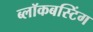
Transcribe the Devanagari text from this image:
ब्लॉकबस्टिंग